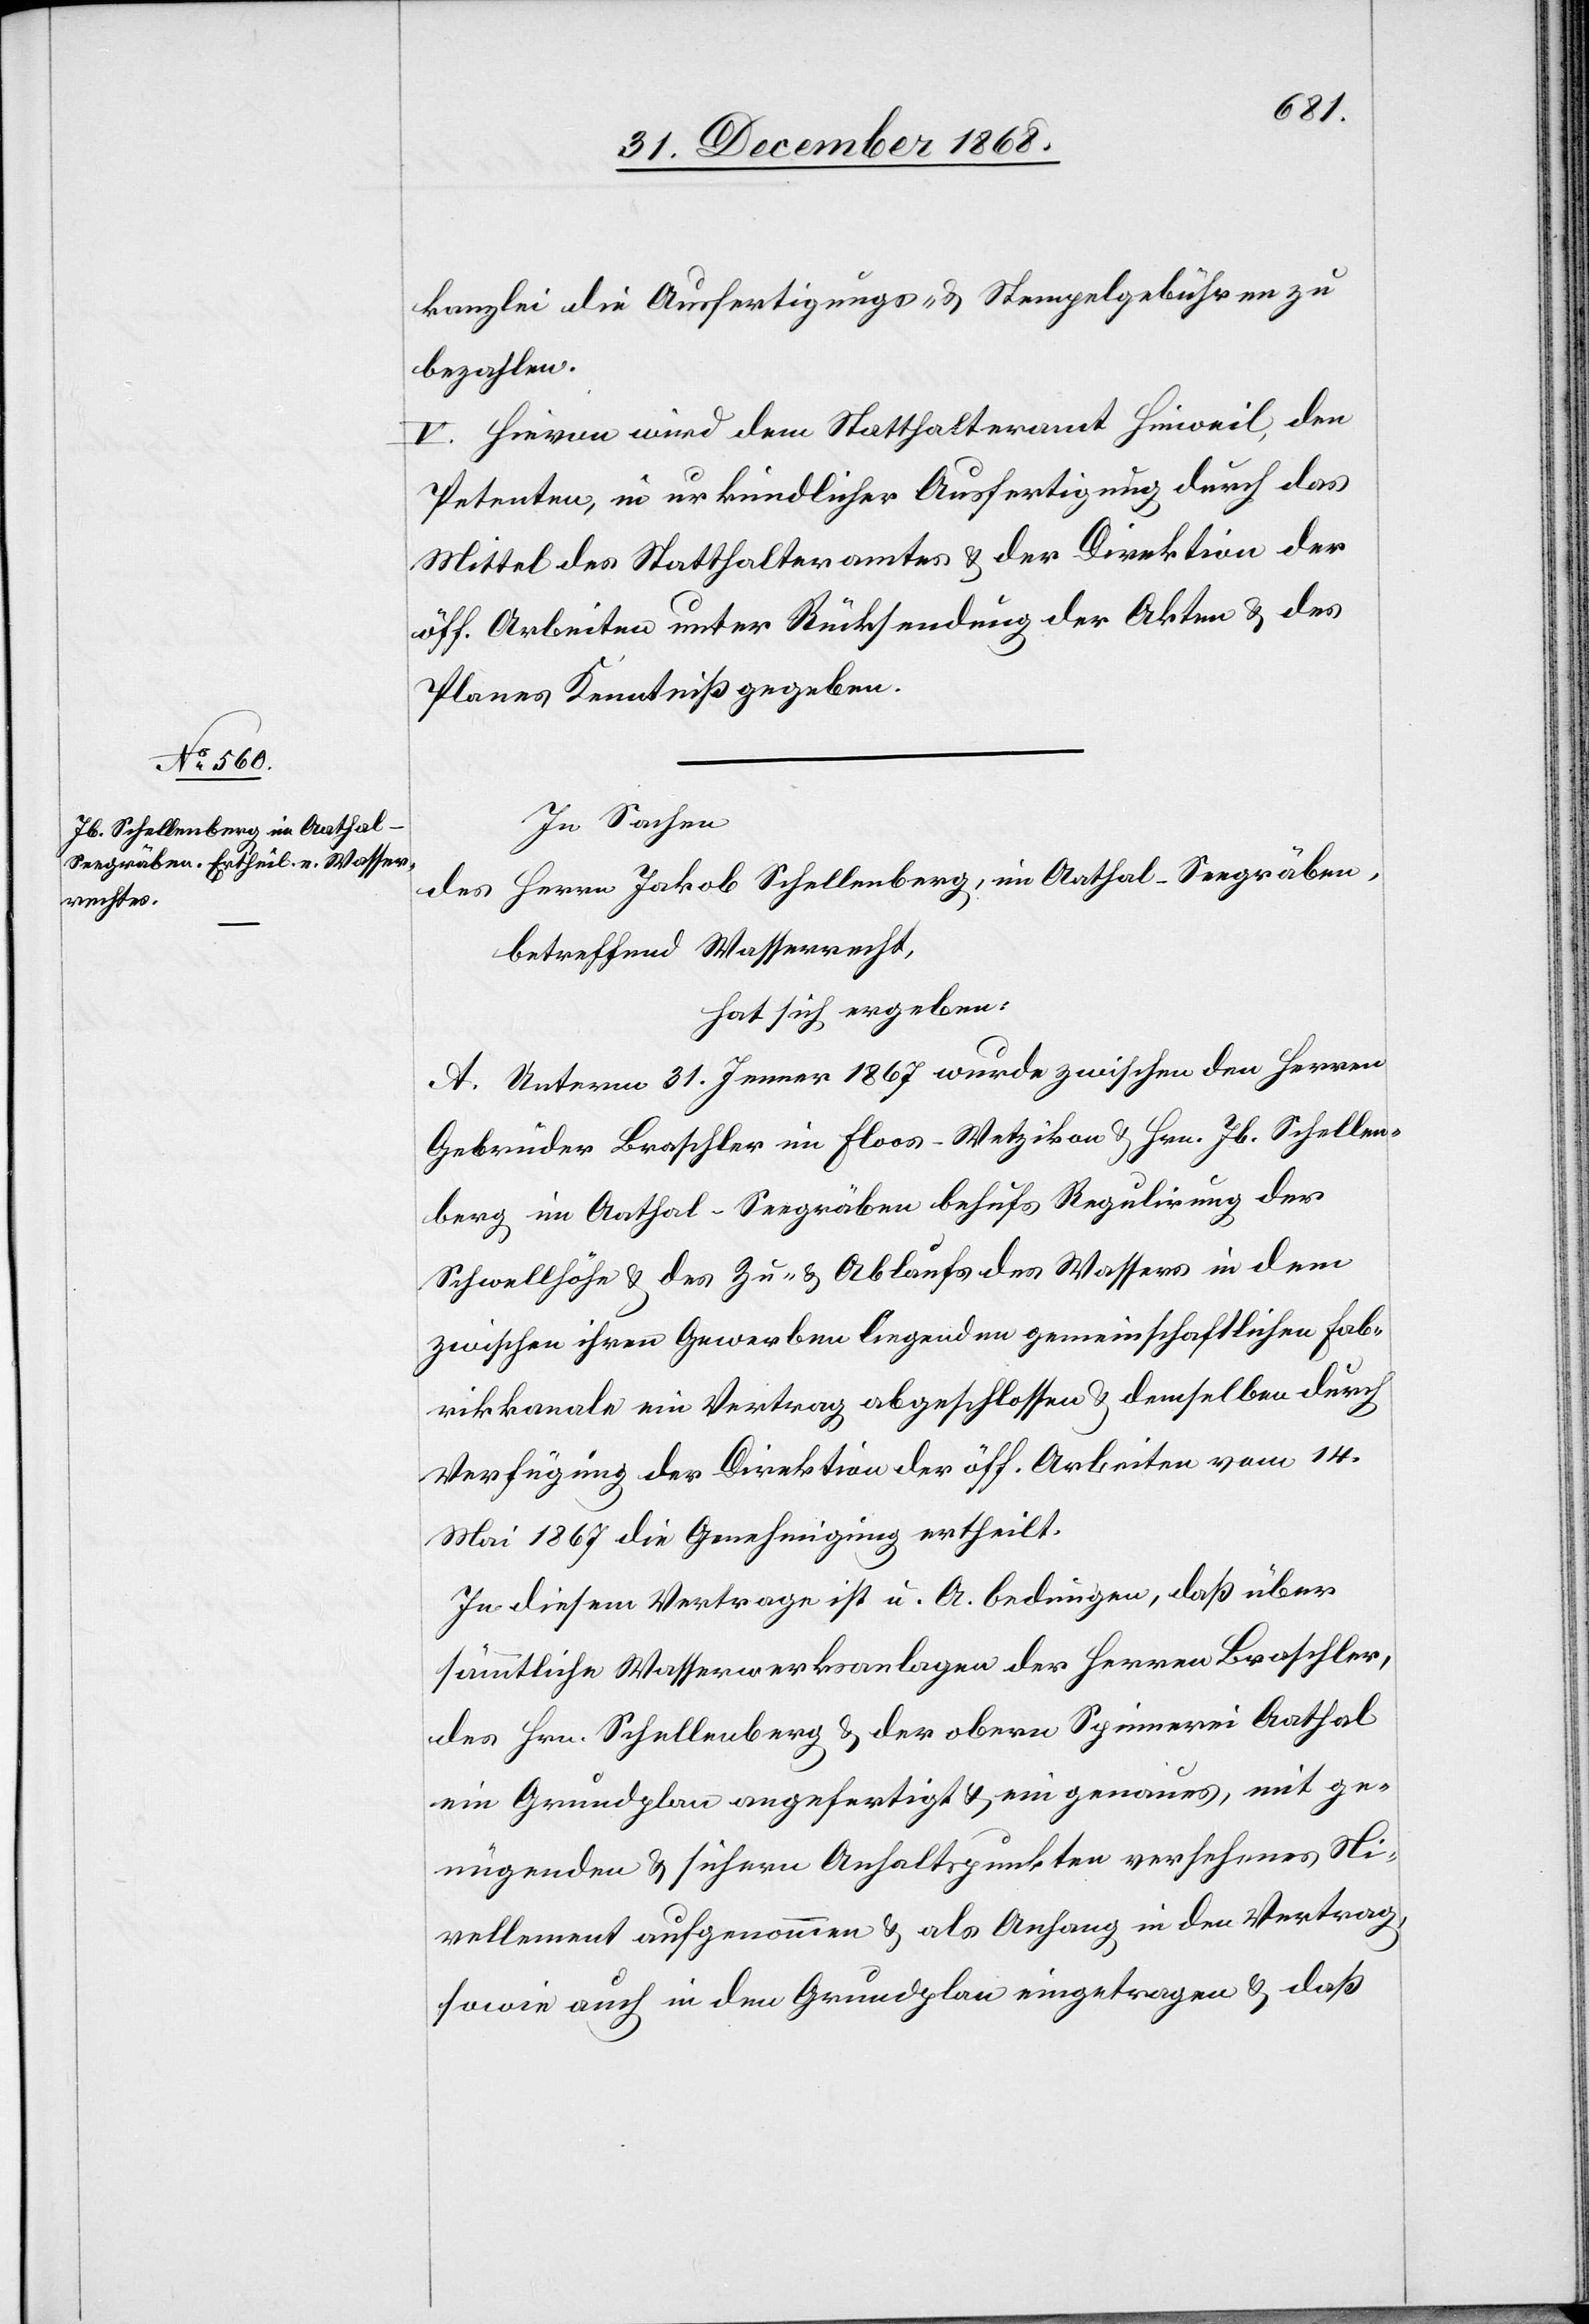
kanzlei die Ausfertigungs- & Stempelgebühren zu
bezahlen.
V. Hievon wird dem Statthalteramt Hinweil, den
Petenten, in urkundlicher Ausfertigung durch das
Mittel des Statthalteramtes & der Direktion der
öff. Arbeiten unter Rücksendung der Akten & des
Planes Kenntniß gegeben.